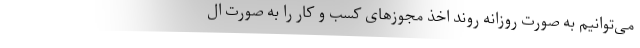
می‌توانیم به صورت روزانه روند اخذ مجوزهای کسب و کار را به صورت ال